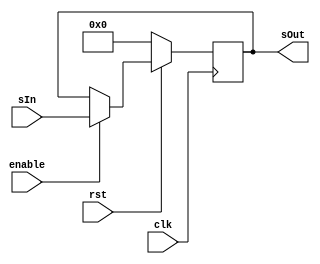
module buffer8(sIn, sOut, enable, clk, rst);
	
	input clk, enable, rst;
	
	input [10:0] sIn;
	output reg [10:0] sOut;
	
	always @(posedge clk) begin
		if (rst) begin
			if (enable) sOut <= sIn;
		
		end
	
		else
			sOut <= 4'd0;
		
	end

endmodule